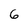
Character: 6